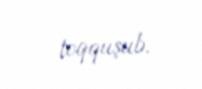
toqquşub.